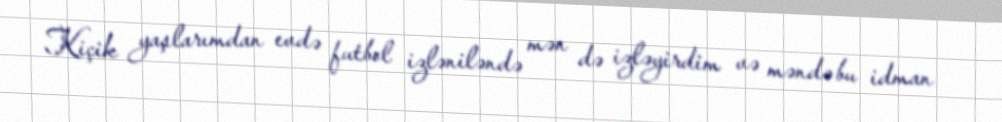
Kiçik yaşlarımdan evdə futbol izləniləndə mən də izləyirdim və məndə bu idman